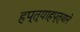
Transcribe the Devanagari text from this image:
हप्त्याहप्त्याने